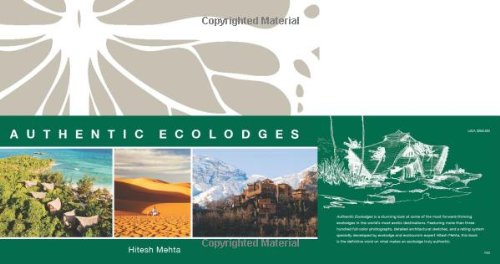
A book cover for Authentic Ecolodges; Hitesh Mehta; Travel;